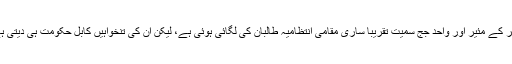
شہر کے مئیر اور واحد جج سمیت تقریباً ساری مقامی انتظامیہ طالبان کی لگائی ہوئی ہے، لیکن ان کی تنخواہیں کابل حکومت ہی دیتی ہے۔